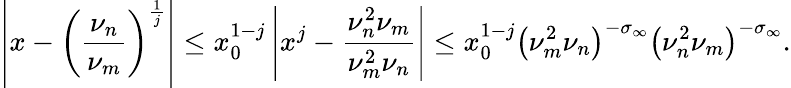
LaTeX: \left|x-\left(\frac{\nu_{n}}{\nu_{m}}\right)^{\frac{1}{j}}\right|\leq x_{0}^{1-j}\left|x^{j}-\frac{\nu_{n}^{2}\nu_{m}}{\nu_{m}^{2}\nu_{n}}\right|\leq x_{0}^{1-j}\left(\nu_{m}^{2}\nu_{n}\right)^{-\sigma_{\infty}}\left(\nu_{n}^{2}\nu_{m}\right)^{-\sigma_{\infty}}.